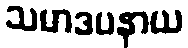
သမာဒပနာယ